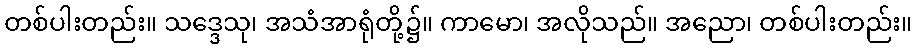
တစ်ပါးတည်း။ သဒ္ဒေသု၊ အသံအာရုံတို့၌။ ကာမော၊ အလိုသည်။ အညော၊ တစ်ပါးတည်း။